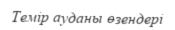
Темір ауданы өзендері